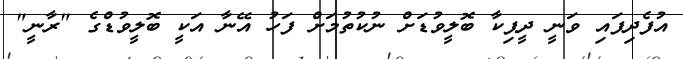
އުފެދިފައި ވަނީ ދީޕިކާ ބޮލީވުޑަށް ނުކުތުމަށް ފަހު އޭނާ އަކީ ބޮލީވުޑްގެ "ރާނީ"